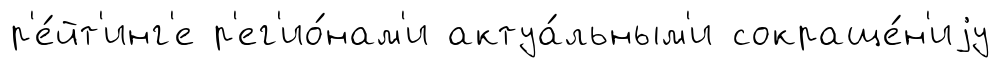
р'е́йт'инг'е р'ег'ио́нам'и актуа́льным'и сокраще́н'иjу